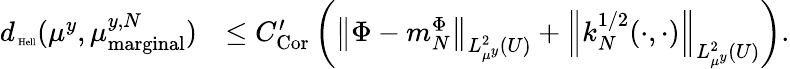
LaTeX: \begin{array}{rl}{d_{\mathrm{\tiny\mathrm{~Hell}}}(\mu^{y},\mu_{\mathrm{marginal}}^{y,N})}&{\leq C_{\mathrm{Cor}}^{\prime}\left(\left\| \Phi-m_{N}^{\Phi}\right\| _{L_{\mu^{y}}^{2}(U)}+\left\| k_{N}^{1/2}(\cdot,\cdot)\right\| _{L_{\mu^{y}}^{2}(U)}\right).}\end{array}